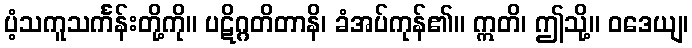
ပံ့သကူသင်္ကန်းတို့ကို။ ပဋိဂ္ဂတိတာနိ၊ ခံအပ်ကုန်၏။ ဣတိ၊ ဤသို့။ ဝဒေယျ၊